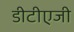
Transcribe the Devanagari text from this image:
डीटीएजी